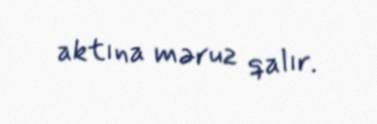
aktına məruz qalır.